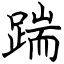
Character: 踹